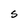
Character: S